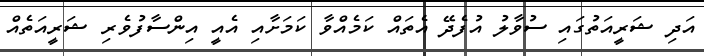
އަދި ޝަރީއަތުގައި ސުވާލު އުފެދޭ އެތައް ކަމެއްވާ ކަމަށާއި އެއީ އިންސާފުވެރި ޝަރީއަތެއް